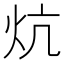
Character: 炕